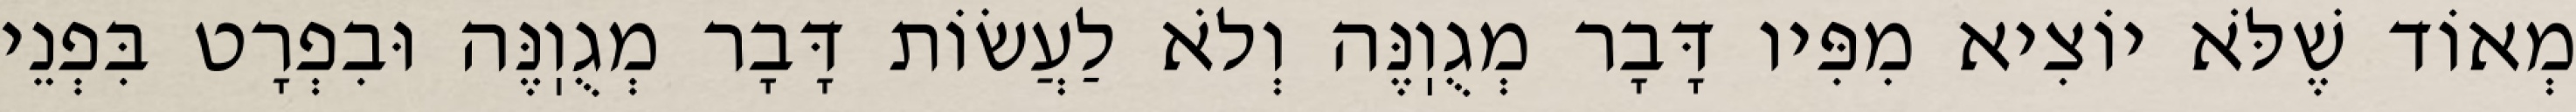
מְאוֹד שֶׁלֹּא יוֹצִיא מִפִּיו דָּבָר מְגֻוֽנֶּה וְלֹא לַעֲשׂוֹת דָּבָר מְגֻוֽנֶּה וּבִפְרָט בִּפְנֵי